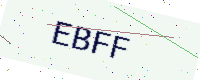
Text: EBFF